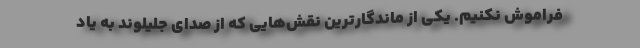
فراموش نکنیم. یکی از ماندگارترین نقش‌هایی که از صدای جلیلوند به یاد